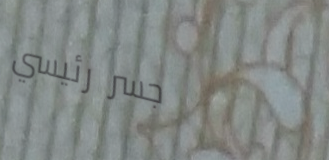
جسر رئيسي